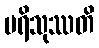
ပရိသုဿတိ